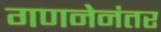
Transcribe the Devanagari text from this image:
गणनेनंतर